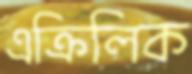
এক্রিলিক